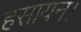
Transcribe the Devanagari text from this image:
हसायन।